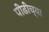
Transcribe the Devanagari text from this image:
पीढीच्या